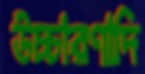
উচ্চারণাদি